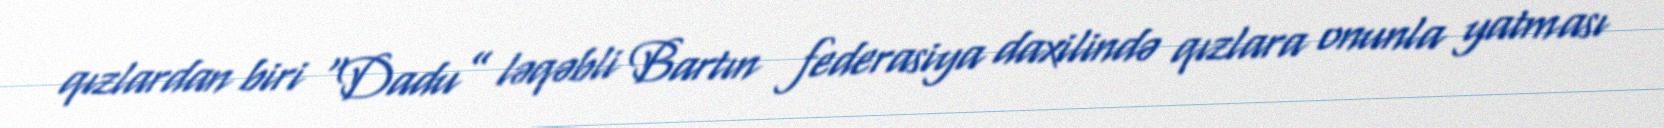
qızlardan biri “Dadu” ləqəbli Bartın federasiya daxilində qızlara onunla yatması